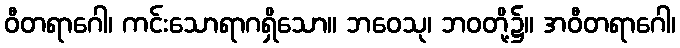
ဝီတရာဂေါ၊ ကင်းသောရာဂရှိသော။ ဘဝေသု၊ ဘဝတို့၌။ အဝီတရာဂေါ၊